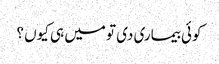
کوئی بیماری دی تو میں ہی کیوں ؟